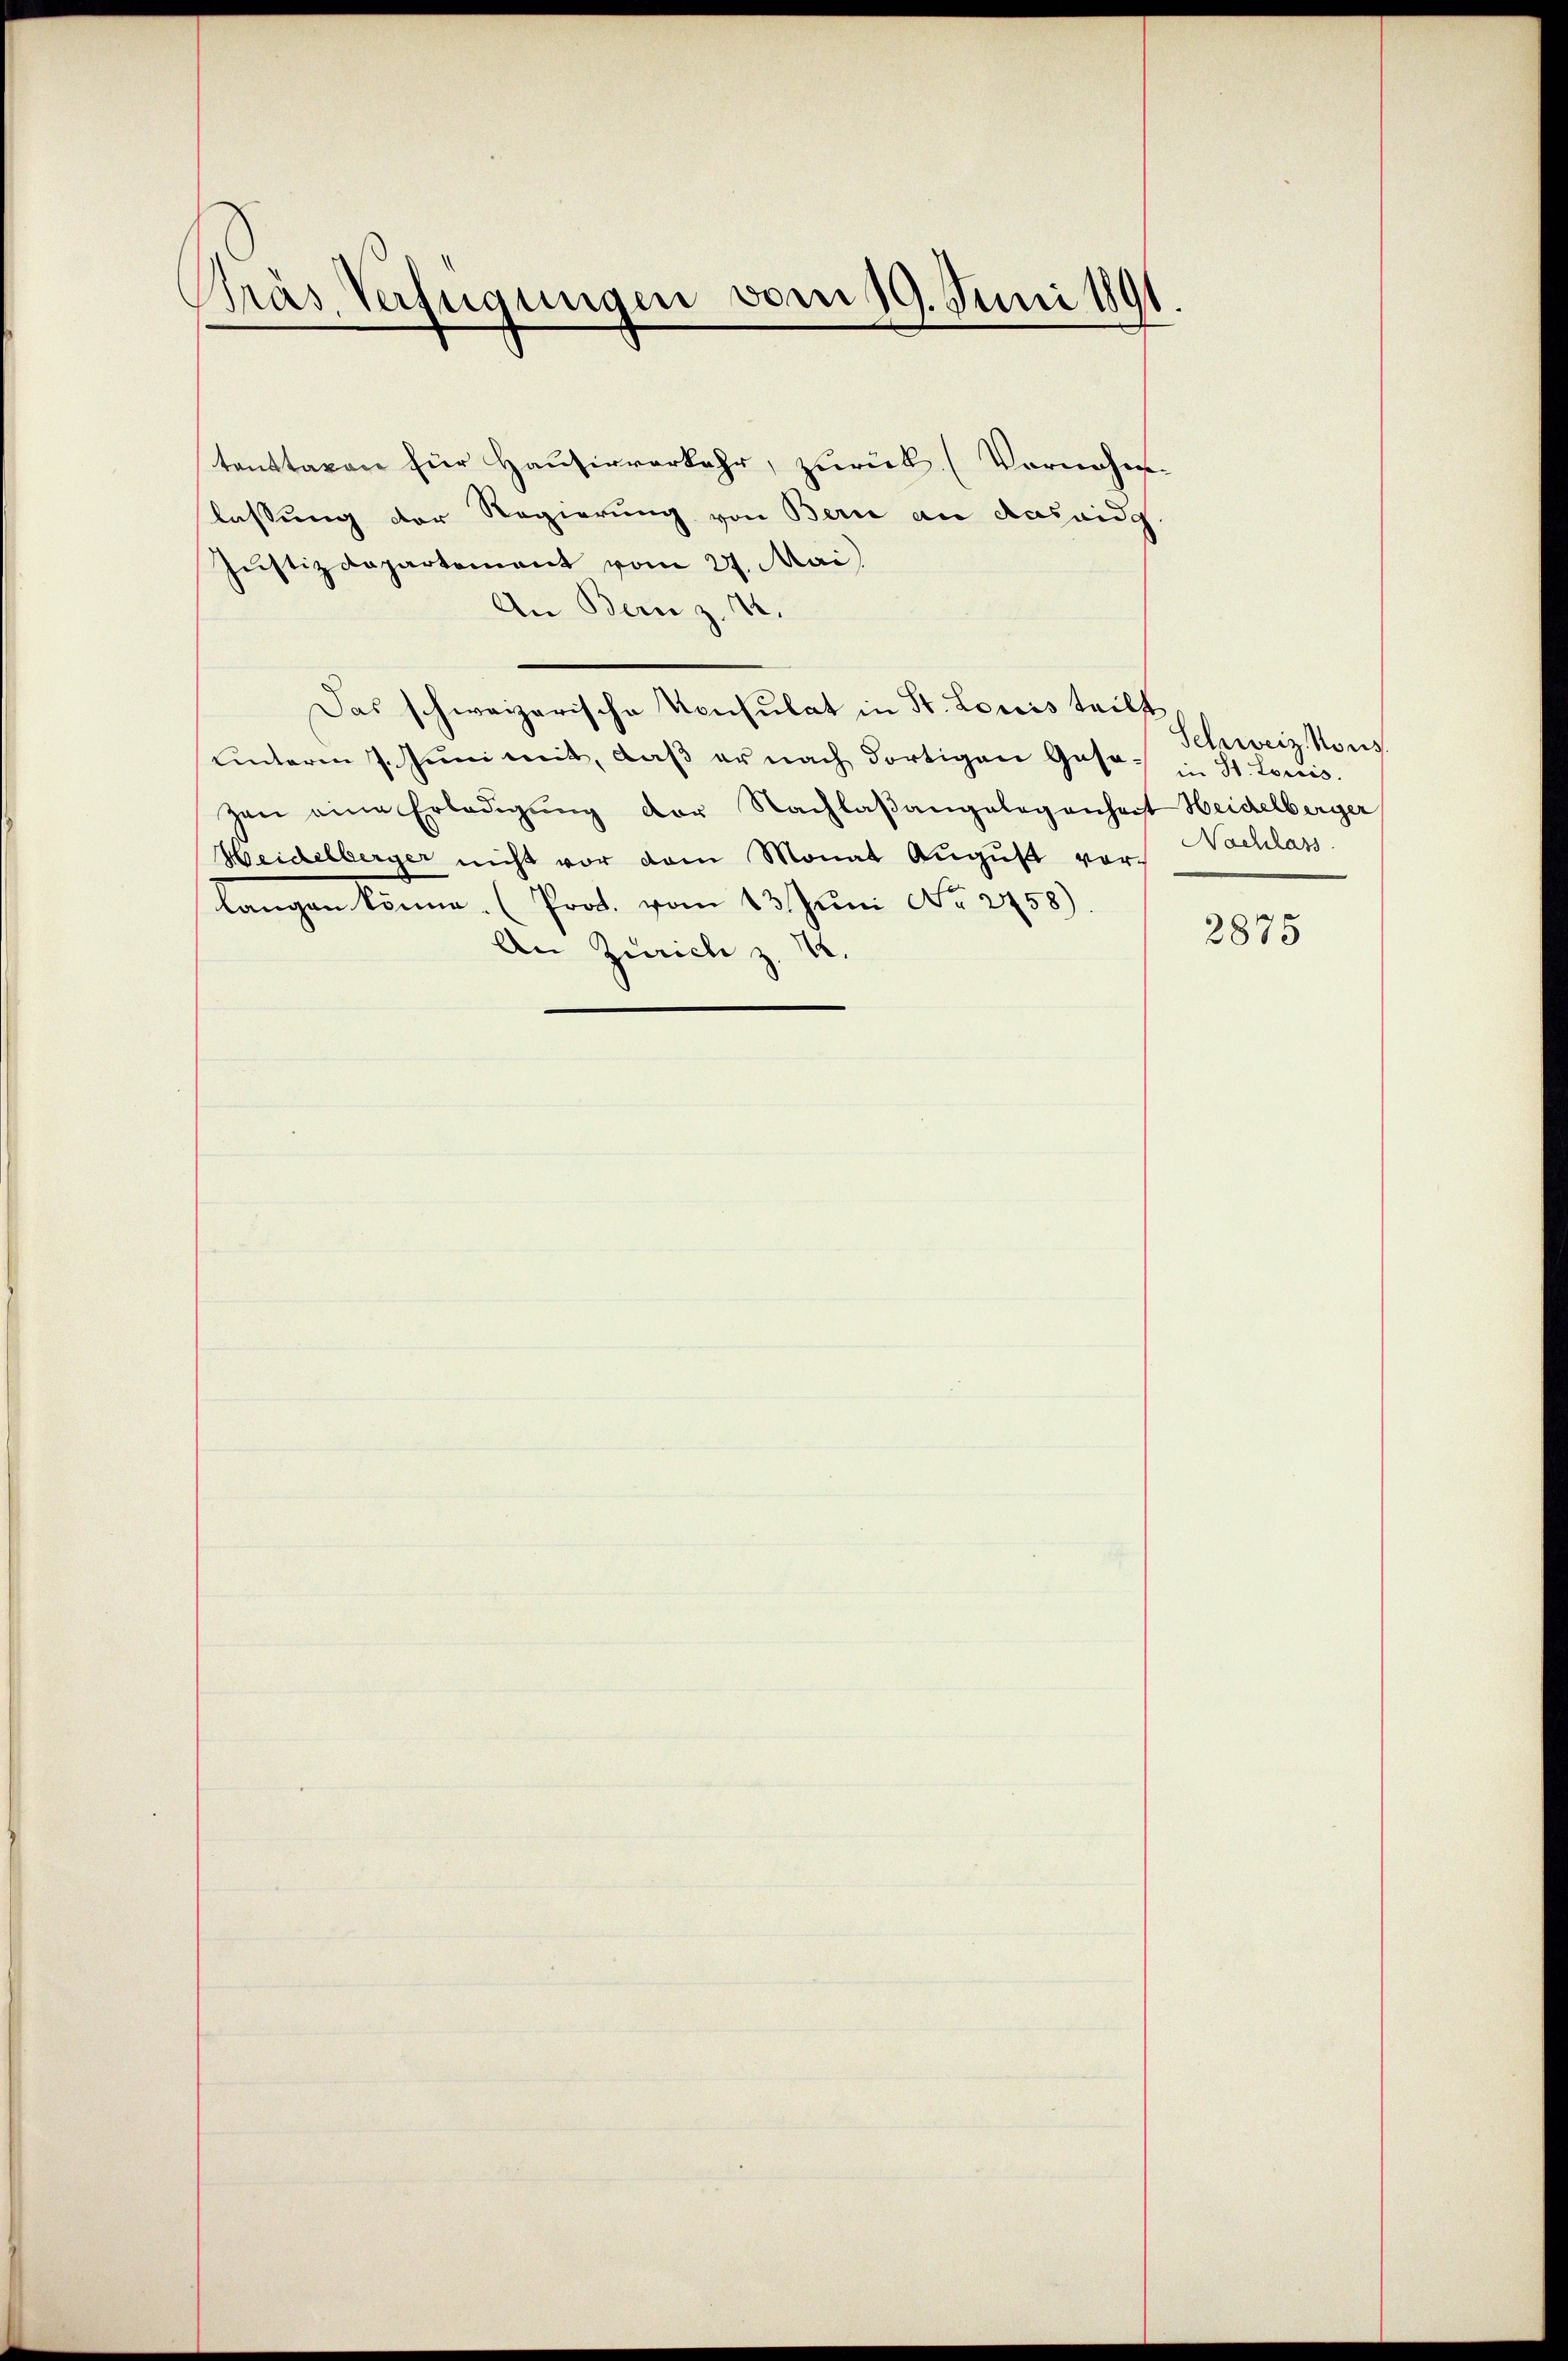
Präs. Verfügungen vom 19. Juni 1891

tenttaxen für Hausirverkehr, zurück. (Vornahm
lassung der Regierung von Bern an das eidg
Justizdepartement vom 27. Mai,
An Bern z. 72.
Das schweizerische Konsulat in St. Louis teilt
unterm 7. Juni mit, daß er nach dortigen Gase in St. Louis.
zen eine Erledigŭng der Nachlaßangelegenheit Heidelberger
Heidelberger nicht vor dem Monat August vor Nachlass.
langen könne. (Prot. vom 13. Juni No 2758)
An Zürich z. 12.

Schweiz. Kons.

2875